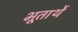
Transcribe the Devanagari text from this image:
भूतार्थे